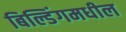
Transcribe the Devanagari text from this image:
बिल्डिंगमधील